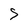
Character: S